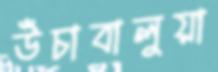
উঁচাবালুয়া